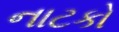
નાટકો